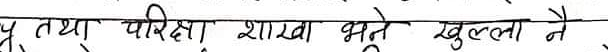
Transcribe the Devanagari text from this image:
तथा परीक्षा शाखा भुते खुला नै ,